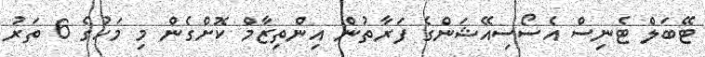
ޓޭބަލް ޓެނިސް އެސޯސިއޭޝަންގެ ފަރާތުން އިންތިޒާމް ކޮށްގެން މި މަހުގެ 6 ތަރު